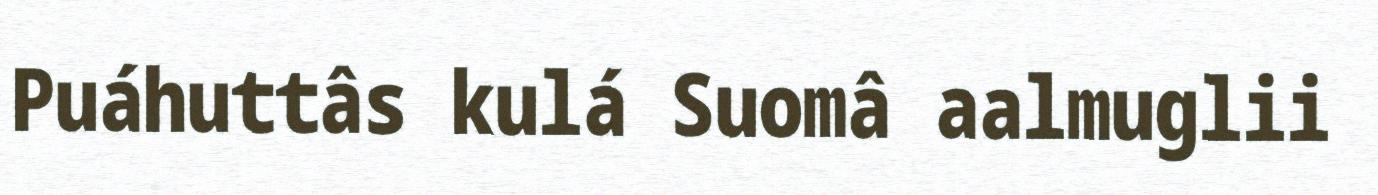
Puáhuttâs kulá Suomâ aalmuglii